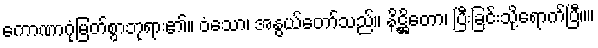
ကောဏာဂုံမြတ်စွာဘုရား၏။ ဝံသော၊ အနွယ်တော်သည်။ နိဋ္ဌိတော၊ ပြီးခြင်းသို့ရောက်ပြီ။။